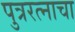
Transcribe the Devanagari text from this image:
पुत्ररत्नाचा